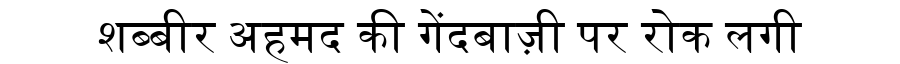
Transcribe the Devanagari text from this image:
शब्बीर अहमद की गेंदबाज़ी पर रोक लगी